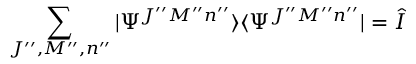
\sum _ { J ^ { \prime \prime } , M ^ { \prime \prime } , n ^ { \prime \prime } } \vert \Psi ^ { J ^ { \prime \prime } M ^ { \prime \prime } n ^ { \prime \prime } } \rangle \langle \Psi ^ { J ^ { \prime \prime } M ^ { \prime \prime } n ^ { \prime \prime } } \vert = \hat { I }